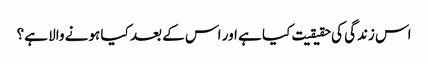
اس زندگی کی حقیقیت کیا ہے اور اس کے بعد کیا ہونے والا ہے؟